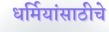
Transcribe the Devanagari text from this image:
धर्मियांसाठीचे